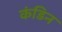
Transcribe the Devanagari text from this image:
कंडिन